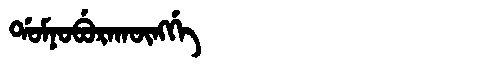
Manchu: ᡩᠣᠮᠨᠣᠪᡠᡵᠠᡴᡡᠩᡤᡝ
Romanization: DOMNOBURAKŪNGGE